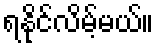
ရနိုင်လိမ့်မယ်။